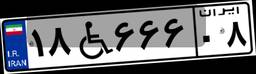
۱۸W۶۶۶۰۸